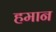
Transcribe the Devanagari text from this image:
हमान